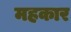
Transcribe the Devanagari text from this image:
महकार